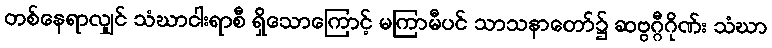
တစ်နေရာလျှင် သံဃာငါးရာစီ ရှိသောကြောင့် မကြာမီပင် သာသနာတော်၌ ဆဗ္ဗဂ္ဂီဂိုဏ်း သံဃာ